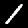
Label: 1